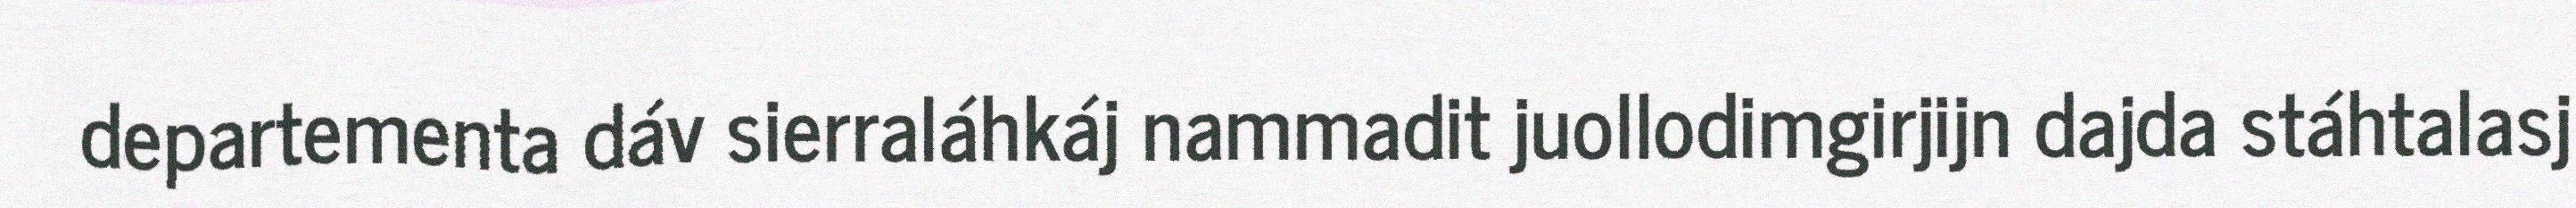
departementa dáv sierraláhkáj nammadit juollodimgirjijn dajda stáhtalasj